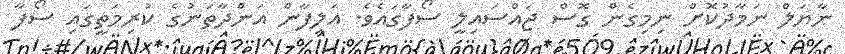
ނާޔަލް ނަމާދުކޮށް ނިމިގެން ގޮސް ޖައްސައިލީ ސޯފާގައެވެ. އަލިފާން އަންދާތަނުގެ ކުރިމަތީގައި ސޯފާ